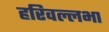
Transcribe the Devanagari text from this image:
हरिवल्लभा